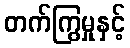
တက်ကြွမှုနှင့်